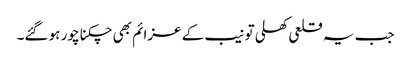
جب یہ قلعی کھلی تو نیب کے عزائم بھی چکنا چور ہو گئے۔